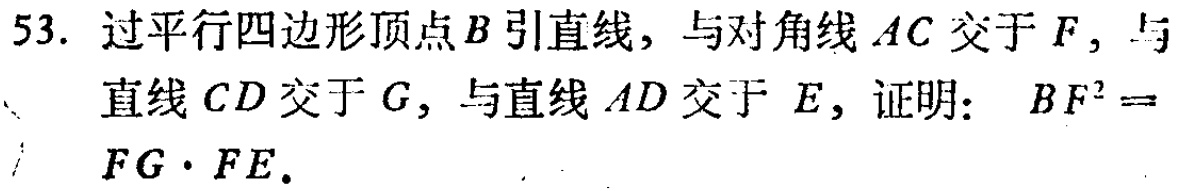
53. 过平行四边形顶点\(B\)引直线，与对角线\(AC\)交于\(F\)，与直线\(CD\)交于\(G\)，与直线\(AD\)交于\(E\)，证明： \(BF^{2} =\) \(FG\cdot FE\).